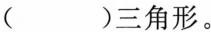
三角形。